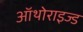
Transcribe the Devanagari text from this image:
ऑथोराइज्ड